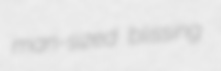
man-sized blissing